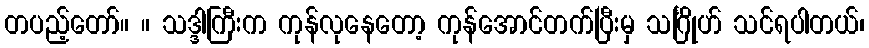
တပည့်တော်။ ။ သဒ္ဒါကြီးက ကုန်လုနေတော့ ကုန်အောင်တက်ပြီးမှ သင်္ဂြိုဟ် သင်ရပါတယ်၊